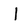
Character: I